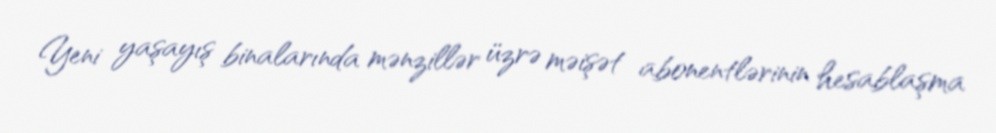
Yeni yaşayış binalarında mənzillər üzrə məişət abonentlərinin hesablaşma